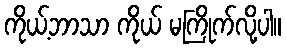
ကိုယ့်ဘာသာ ကိုယ် မကြိုက်လို့ပါ။